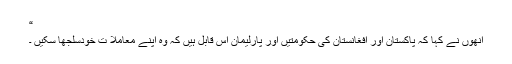
“
اُنھوں نے کہا کہ پاکستان اور افغانستان کی حکومتیں اور پارلیمان اس قابل ہیں کہ وہ اپنے معاملا ت خودسلجھا سکیں ۔